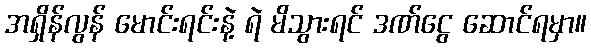
အရှိန်လွန် မောင်းရင်းနဲ့ ရဲ မိသွားရင် ဒဏ်ငွေ ဆောင်ရမှာ။